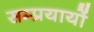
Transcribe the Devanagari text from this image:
सम्प्रयायों